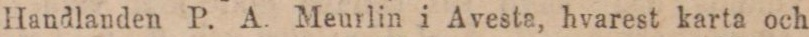
Handlanden P. A. Meurlin i Avesta, hvarest karta och